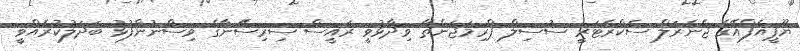
ޔޫޕީއެފްއޭގެ ޖެނެރަލް ސެކްރެޓަރީ ސުސިލް ޕްރިމަޖަންތާ ވިދާޅުވީ ރައީސް ސިރިސޭނާގެ ވިސްނުންފުޅު ބަދަލުކުރެއްވީ